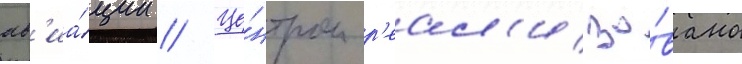
ав'иа́ции // Це́нтром р'еал'изо́вано